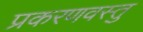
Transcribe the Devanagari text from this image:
प्रकरणवस्तु